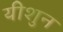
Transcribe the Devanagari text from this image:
यीशुन